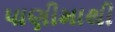
પાણીમાથી